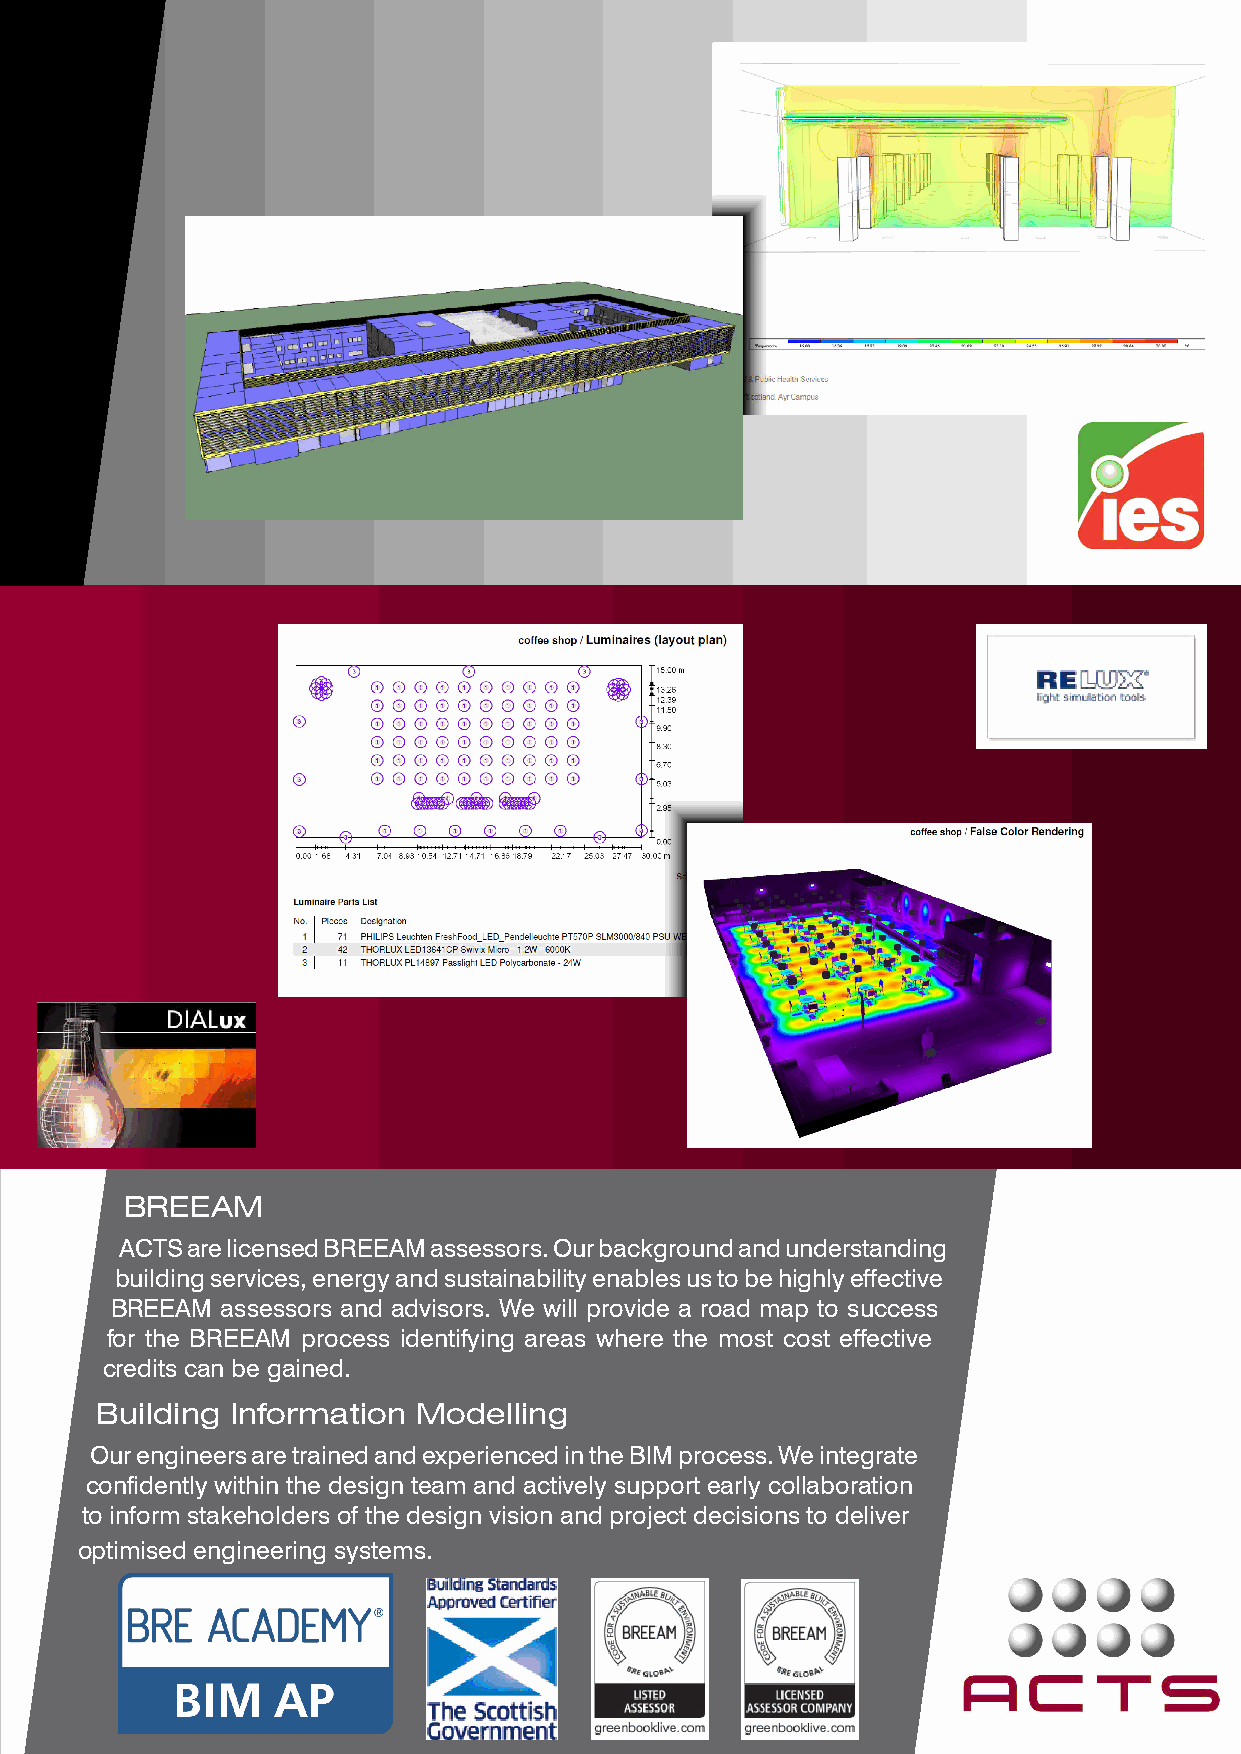
BREEAM
 ACTS are licensed BREEAM assessors. Our background and understanding
 of     building services, energy and sustainability enables us to be highly effective
 BREEAM  assessors and advisors. We will provide a road map to success
 for the BREEAM process identifying areas where the most cost effective
 credits can be gained.
 Building Information  Modelling
 Our engineers are trained and experienced in the BIM process. We integrate
 confidently within the design team and actively support early collaboration
 to inform stakeholders of the design vision and project decisions to deliver
 optimised engineering systems.